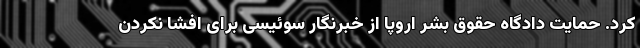
کرد. حمایت دادگاه حقوق بشر اروپا از خبرنگار سوئیسی برای افشا نکردن